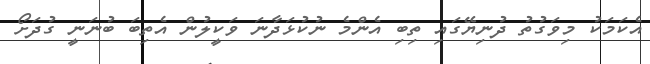
އެކަމަކު މިވަގުތު ދުނިޔޭގައި ތިބި އެންމެ ނުކުޅަދާނަ ވަކީލުން އެތިބަ ބުނަނީ ގުދަށޯ